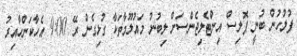
ފުލުހުން ބުނީ ޕޮލިސް އިންޓެލިޖެންސަށް ލިބުނު މައުލޫމާތަކާ ގުޅިގެން ރޭ 9:00 އެހާކަންހާއިރު